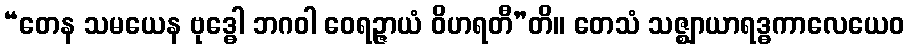
“တေန သမယေန ဗုဒ္ဓေါ ဘဂဝါ ဝေရဉ္ဇာယံ ဝိဟရတီ”တိ။ တေသံ သဇ္ဈာယာရဒ္ဓကာလေယေဝ